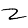
Digit: 2